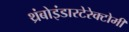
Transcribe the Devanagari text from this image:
थ्रंबोइंडारटेरेक्टोमी